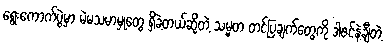
ရွေးကောက်ပွဲမှာ မဲမသမာမှုတွေ ရှိခဲ့တယ်ဆိုတဲ့ သမ္မတ တင်ပြချက်တွေကို ဒါဇင်နဲ့ချီတဲ့